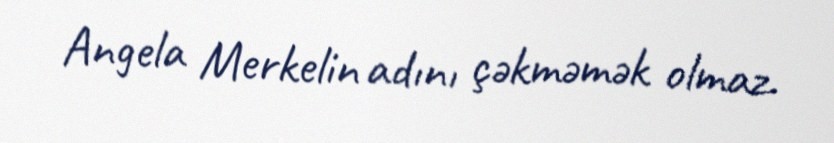
Angela Merkelin adını çəkməmək olmaz.